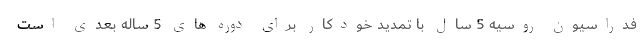
فدراسیون روسیه 5 سال با تمدید خودکار برای دوره های 5 ساله بعدی است